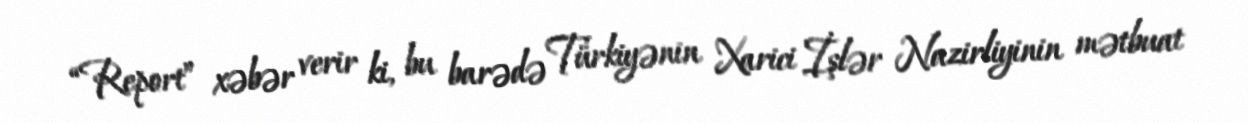
“Report” xəbər verir ki, bu barədə Türkiyənin Xarici İşlər Nazirliyinin mətbuat